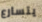
يتسارع